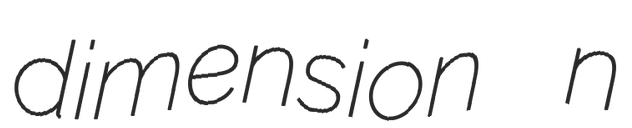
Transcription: dimension n